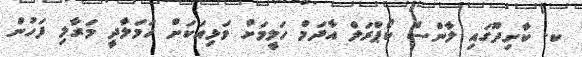
ކ. ކާށިދޫގައި ލާންސް ކޯޕްރަލް އާދަމް ހަލީމަށް ވަޅިއަކަށް ހަމަލާދީ މަރާލި ފަހުން